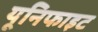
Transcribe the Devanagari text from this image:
यूनिफाइट